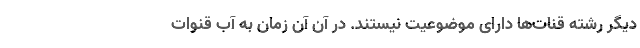
دیگر رشته قنات‌ها دارای موضوعیت نیستند. در آن آن زمان به آب قنوات